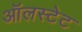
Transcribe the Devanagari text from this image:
ऑलस्टेट